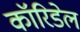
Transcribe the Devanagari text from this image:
कॉरिडेल